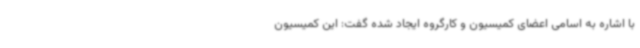
با اشاره به اسامی اعضای کمیسیون و کارگروه ایجاد شده گفت: این کمیسیون